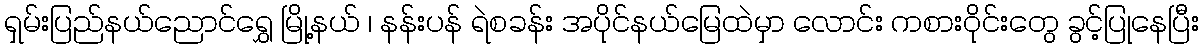
ရှမ်းပြည်နယ်ညောင်ရွှေ မြို့နယ် ၊ နန်းပန် ရဲစခန်း အပိုင်နယ်မြေထဲမှာ လောင်း ကစား၀ိုင်းတွေ ခွင့်ပြုနေပြီး